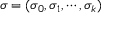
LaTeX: \sigma = ( \sigma _ { 0 } , \sigma _ { 1 } , \cdots , \sigma _ { k } )